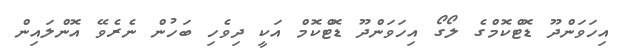
އިހަވަންދޫ ޑޮޓްކޮމްގެ ލޯގޯ އިހަވަންދޫ ޑޮޓްކޮމް އަކީ ދިވެހި ބަހުން ނެރެވޭ އޮންލައިން